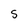
Character: s